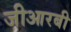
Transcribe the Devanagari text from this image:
जीआरबी